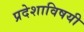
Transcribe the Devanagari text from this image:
प्रदेशाविषयी